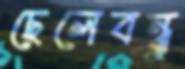
ছেলেবন্ধু